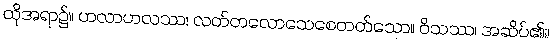
ထိုအရာ၌။ ဟလာဟလဿ၊ လတ်တလောသေစေတတ်သော။ ဝိသဿ၊ အဆိပ်၏။